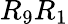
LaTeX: R_{9}R_{1}